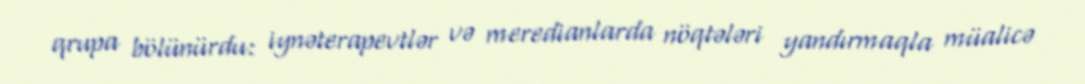
qrupa bölünürdu: iynəterapevtlər və meredianlarda nöqtələri yandırmaqla müalicə